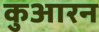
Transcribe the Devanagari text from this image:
कुआरन